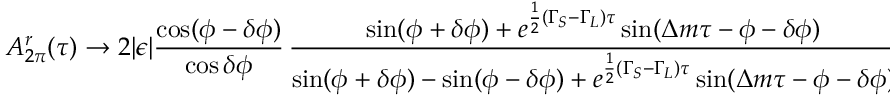
A _ { 2 \pi } ^ { r } ( \tau ) \to 2 | \epsilon | { \frac { \cos ( \phi - \delta \phi ) } { \cos \delta \phi } } \, { \frac { \sin ( \phi + \delta \phi ) + e ^ { { \frac { 1 } { 2 } } ( \Gamma _ { S } - \Gamma _ { L } ) \tau } \sin ( \Delta m \tau - \phi - \delta \phi ) } { \sin ( \phi + \delta \phi ) - \sin ( \phi - \delta \phi ) + e ^ { { \frac { 1 } { 2 } } ( \Gamma _ { S } - \Gamma _ { L } ) \tau } \sin ( \Delta m \tau - \phi - \delta \phi ) } }